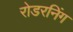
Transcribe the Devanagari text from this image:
रोडरनिंग